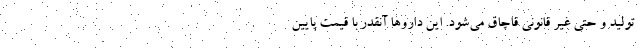
تولید و حتی غیر قانونی قاچاق می‌شود. این داروها آنقدر با قیمت پایین